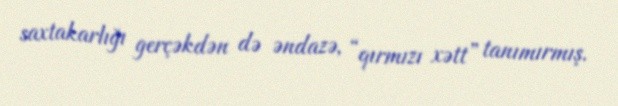
saxtakarlığı gerçəkdən də əndazə, “qırmızı xətt” tanımırmış.